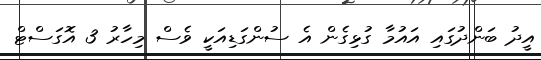
އީދު ބަންދުގައި އައުމާ ގުޅިގެން އެ ސުންގަޑިއަކީ ވެސް މިހާރު 3 އޮގަސްޓް